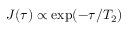
J ( \tau ) \propto \exp ( - \tau / T _ { 2 } )